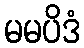
မမပိဒံ